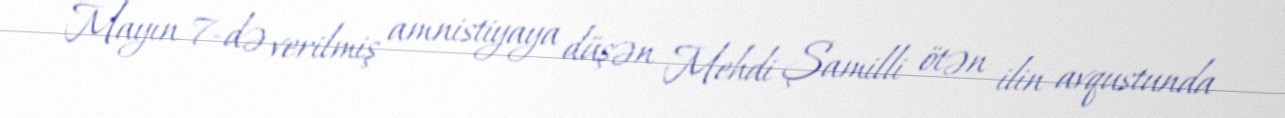
Mayın 7-də verilmiş amnistiyaya düşən Mehdi Şamilli ötən ilin avqustunda